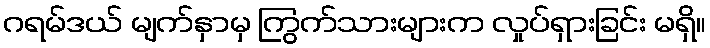
ဂရမ်ဒယ် မျက်နှာမှ ကြွက်သားများက လှုပ်ရှားခြင်း မရှိ။